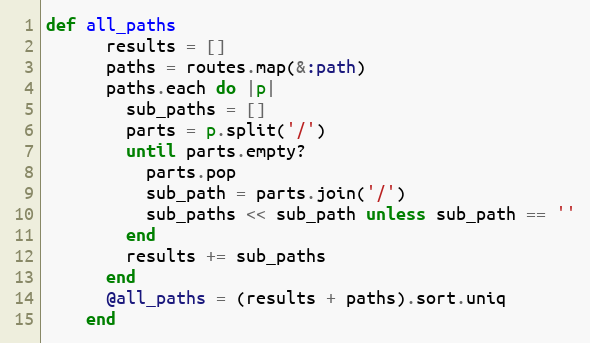
Language: Ruby
def all_paths
      results = []
      paths = routes.map(&:path)
      paths.each do |p|
        sub_paths = []
        parts = p.split('/')
        until parts.empty?
          parts.pop
          sub_path = parts.join('/')
          sub_paths << sub_path unless sub_path == ''
        end
        results += sub_paths
      end
      @all_paths = (results + paths).sort.uniq
    end